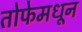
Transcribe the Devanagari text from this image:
तोफेमधून